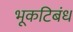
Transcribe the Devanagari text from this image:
भूकटिबंध